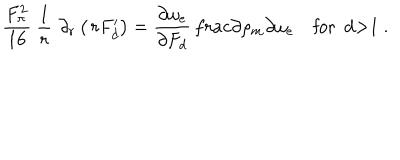
LaTeX: \frac { F _ { \pi } ^ { 2 } } { 1 6 } \ \frac { 1 } { r } \, \, \partial _ { r } \left( \, r F _ { d } ^ { \prime } \right) = \frac { \partial \omega _ { e } } { \partial F _ { d } } \, \frac { \partial \rho _ { m } } { \partial \omega _ { e } } \quad \mathrm { f o r ~ d > 1 ~ . }